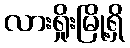
လားရှိုးမြို့ရှိ